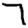
Digit: 7